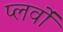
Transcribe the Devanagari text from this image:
प्लर्वों